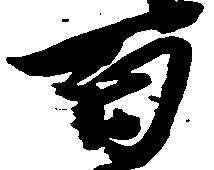
百